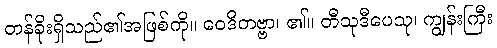
တန်ခိုးရှိသည်၏အဖြစ်ကို။ ဝေဒိတဗ္ဗာ၊ ၏။ တီသုဒီပေသု၊ ကျွန်းကြီး